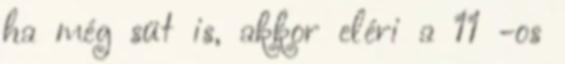
ha még süt is, akkor eléri a 11 -os